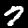
Label: 7